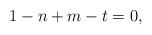
LaTeX: \begin{align*}1 - n + m - t = 0,\end{align*}